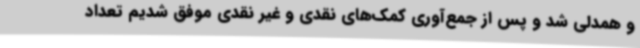
و همدلی شد و پس از جمع‌آوری کمک‌های نقدی و غیر نقدی موفق شدیم تعداد